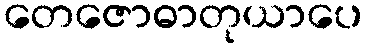
တေဇောဓာတုယာပေ